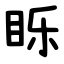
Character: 䀥